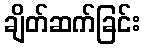
ချိတ်ဆက်ခြင်း